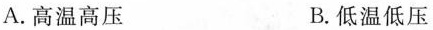
A.高温高压 B.低温低压